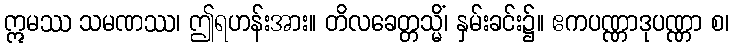
ဣမဿ သမဏဿ၊ ဤရဟန်းအား။ တိလခေတ္တသ္မိံ၊ နှမ်းခင်း၌။ ဧကပဏ္ဏာဒုပဏ္ဏာ စ၊